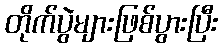
တိုက်ပွဲများဖြစ်ပွားပြီး